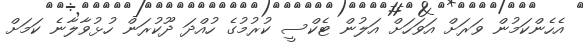
އެހެންކަމުން ވަރަށް އަވަހަށް އަލުން ޓެކްސީ ކުރުމުގެ ހުއްދަ ދޫކުރަން ހުޅުވާލާނެ ކަމަށް